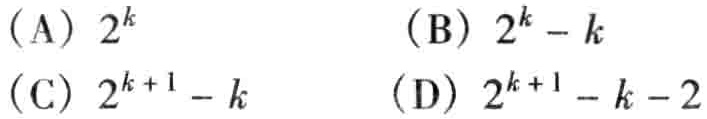
(A) \(2^{k}\)
(B) \(2^{k}-k\)
(C) \(2^{k + 1}-k\)
(D) \(2^{k + 1}-k - 2\)